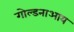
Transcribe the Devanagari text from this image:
गोल्डनाआय